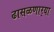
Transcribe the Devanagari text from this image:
ढासळणार्‍या